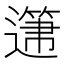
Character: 𲅺